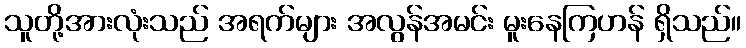
သူတို့အားလုံးသည် အရက်များ အလွန်အမင်း မူးနေကြဟန် ရှိသည်။